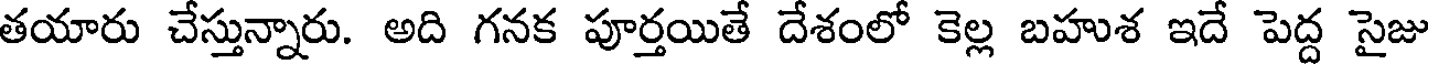
తయారు చేస్తున్నారు. అది గనక పూర్తయితే దేశంలో కెల్ల బహుశ ఇదే పెద్ద సైజు